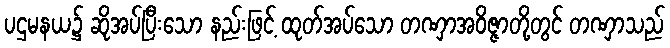
ပဌမနယ၌ ဆိုအပ်ပြီးသော နည်းဖြင့် ထုတ်အပ်သော တဏှာအဝိဇ္ဇာတို့တွင် တဏှာသည်